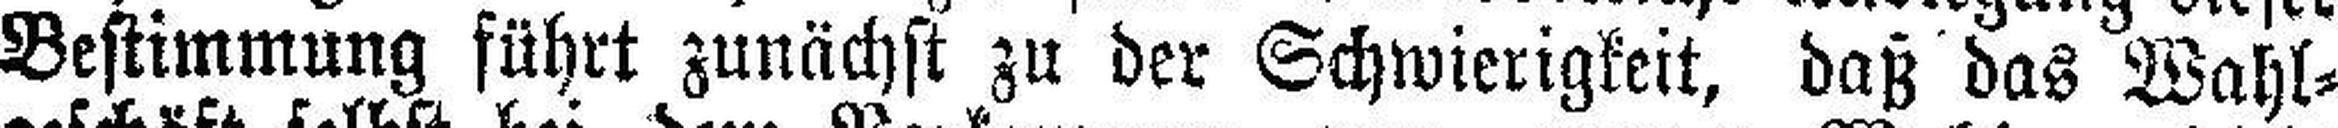
Bestimmung führt zunächst zu der Schwierigkeit, daß das Wahl¬